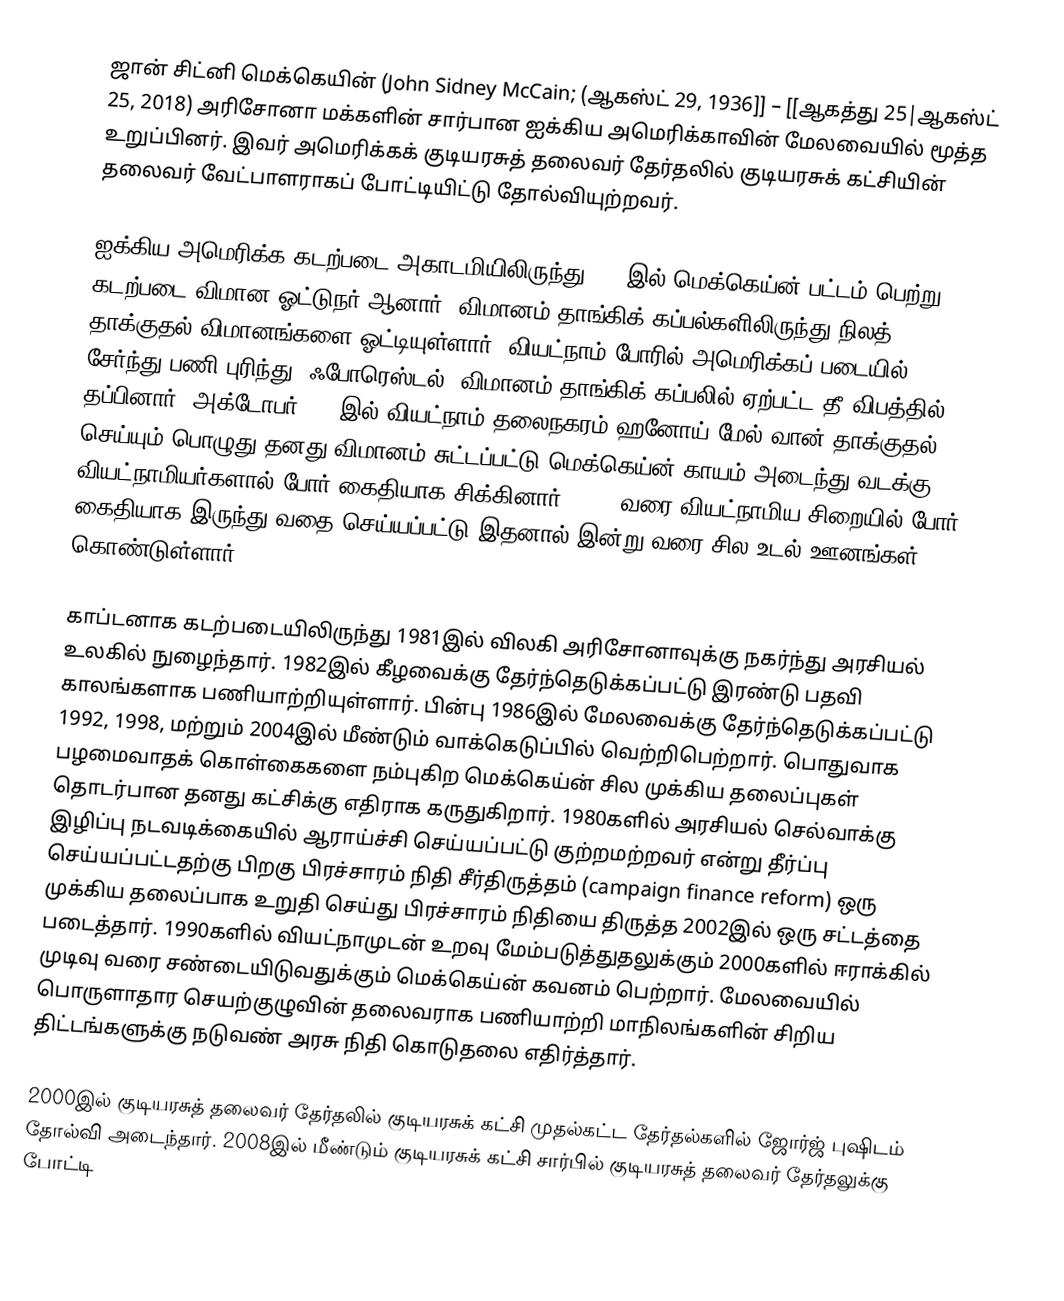
ஜான் சிட்னி மெக்கெயின் (John Sidney McCain; (ஆகஸ்ட் 29, 1936]] – [[ஆகத்து 25|ஆகஸ்ட் 25, 2018) அரிசோனா மக்களின் சார்பான ஐக்கிய அமெரிக்காவின் மேலவையில் மூத்த உறுப்பினர். இவர் அமெரிக்கக் குடியரசுத் தலைவர் தேர்தலில் குடியரசுக் கட்சியின் தலைவர் வேட்பாளராகப் போட்டியிட்டு தோல்வியுற்றவர்.

ஐக்கிய அமெரிக்க கடற்படை அகாடமியிலிருந்து 1958இல் மெக்கெய்ன் பட்டம் பெற்று கடற்படை விமான ஓட்டுநர் ஆனார். விமானம் தாங்கிக் கப்பல்களிலிருந்து நிலத் தாக்குதல் விமானங்களை ஓட்டியுள்ளார். வியட்நாம் போரில் அமெரிக்கப் படையில் சேர்ந்து பணி புரிந்து "ஃபோரெஸ்டல்" விமானம் தாங்கிக் கப்பலில் ஏற்பட்ட தீ விபத்தில் தப்பினார். அக்டோபர் 1967இல் வியட்நாம் தலைநகரம் ஹனோய் மேல் வான் தாக்குதல் செய்யும் பொழுது தனது விமானம் சுட்டப்பட்டு மெக்கெய்ன் காயம் அடைந்து வடக்கு வியட்நாமியர்களால் போர் கைதியாக சிக்கினார். 1973 வரை வியட்நாமிய சிறையில் போர் கைதியாக இருந்து வதை செய்யப்பட்டு இதனால் இன்று வரை சில உடல் ஊனங்கள் கொண்டுள்ளார்.

காப்டனாக கடற்படையிலிருந்து 1981இல் விலகி அரிசோனாவுக்கு நகர்ந்து அரசியல் உலகில் நுழைந்தார். 1982இல் கீழவைக்கு தேர்ந்தெடுக்கப்பட்டு இரண்டு பதவி காலங்களாக பணியாற்றியுள்ளார். பின்பு 1986இல் மேலவைக்கு தேர்ந்தெடுக்கப்பட்டு 1992, 1998, மற்றும் 2004இல் மீண்டும் வாக்கெடுப்பில் வெற்றிபெற்றார். பொதுவாக பழமைவாதக் கொள்கைகளை நம்புகிற மெக்கெய்ன் சில முக்கிய தலைப்புகள் தொடர்பான தனது கட்சிக்கு எதிராக கருதுகிறார். 1980களில் அரசியல் செல்வாக்கு இழிப்பு நடவடிக்கையில் ஆராய்ச்சி செய்யப்பட்டு குற்றமற்றவர் என்று தீர்ப்பு செய்யப்பட்டதற்கு பிறகு பிரச்சாரம் நிதி சீர்திருத்தம் (campaign finance reform) ஒரு முக்கிய தலைப்பாக உறுதி செய்து பிரச்சாரம் நிதியை திருத்த 2002இல் ஒரு சட்டத்தை படைத்தார். 1990களில் வியட்நாமுடன் உறவு மேம்படுத்துதலுக்கும் 2000களில் ஈராக்கில் முடிவு வரை சண்டையிடுவதுக்கும் மெக்கெய்ன் கவனம் பெற்றார். மேலவையில் பொருளாதார செயற்குழுவின் தலைவராக பணியாற்றி மாநிலங்களின் சிறிய திட்டங்களுக்கு நடுவண் அரசு நிதி கொடுதலை எதிர்த்தார்.

2000இல் குடியரசுத் தலைவர் தேர்தலில் குடியரசுக் கட்சி முதல்கட்ட தேர்தல்களில் ஜோர்ஜ் புஷிடம் தோல்வி அடைந்தார். 2008இல் மீண்டும் குடியரசுக் கட்சி சார்பில் குடியரசுத் தலைவர் தேர்தலுக்கு போட்டி